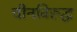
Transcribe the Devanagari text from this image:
चीनविरुद्ध